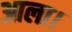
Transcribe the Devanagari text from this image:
आला।